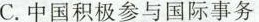
C.中国积极参与国际事务